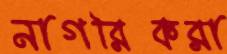
নাগরিকরা